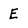
Character: E